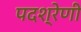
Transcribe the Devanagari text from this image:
पदश्रेणी